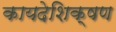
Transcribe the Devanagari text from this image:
कायदेशिक्षण